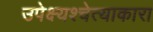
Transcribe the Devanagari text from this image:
उपेक्ष्यश्चेत्याकारा